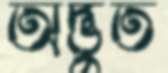
অদ্ভুত